Vaccination United Provinces of Agra and Oudh 1923-1928 - 1923-1928
Year: 1923
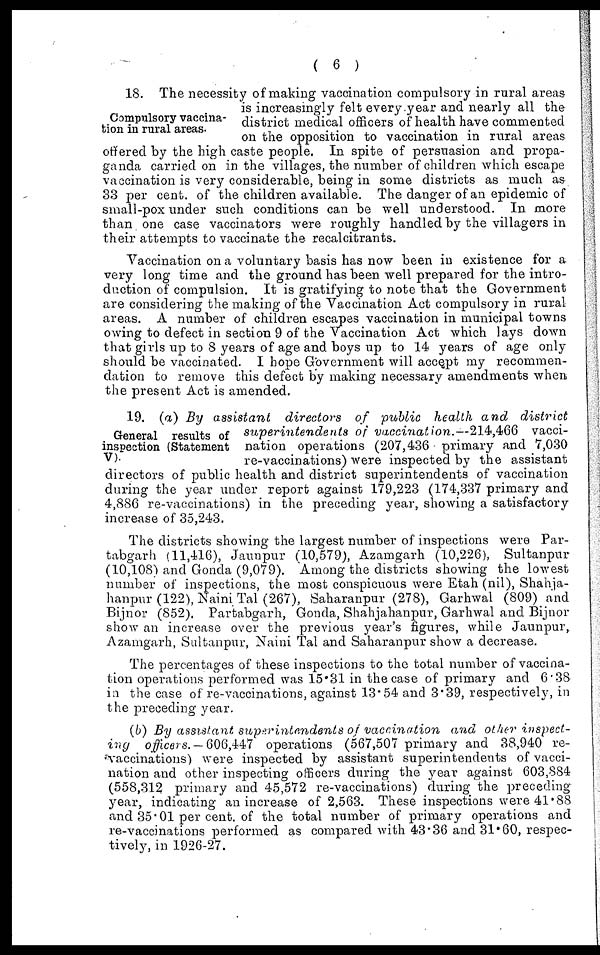
( 6 )
Compulsory vaccina-
tion in rural areas.
18. The necessity of making vaccination compulsory in rural areas
is increasingly felt every year and nearly all the
district medical officers of health have commented
on the opposition to vaccination in rural areas
offered by the high caste people. In spite of persuasion and propa-
ganda carried on in the villages, the number of children which escape
vaccination is very considerable, being in some districts as much as
33 per cent. of the children available. The danger of an epidemic of
small-pox under such conditions can be well understood. In more
than one case vaccinators were roughly handled by the villagers in
their attempts to vaccinate the recalcitrants.
Vaccination on a voluntary basis has now been in existence for a
very long time and the ground has been well prepared for the intro-
duction of compulsion. It is gratifying to note that the Government
are considering the making of the Vaccination Act compulsory in rural
areas. A number of children escapes vaccination in municipal towns
owing to defect in section 9 of the Vaccination Act which lays down
that girls up to 8 years of age and boys up to 14 years of age only
should be vaccinated. I hope Government will accept my recommen-
dation to remove this defect by making necessary amendments when
the present Act is amended.
General results of
inspection (Statement
V).
19. (a) By assistant
directors
of public health and
district
superintendents
of vaccination.—214,466
vacci-
nation operations (207,436 primary and 7,030
re-vaccinations) were inspected by the assistant
directors of public health and district superintendents of vaccination
during the year under report against 179,223 (174,337 primary and
4,886 re-vaccinations) in the preceding year, showing a satisfactory
increase of 35,243.
The districts showing the largest number of inspections were Par-
tabgarh (11,416), Jaunpur (10,579), Azamgarh (10,226), Sultanpur
(10,108) and Gonda (9,079). Among the districts showing the lowest
number of inspections, the most conspicuous were Etah (nil), Shahja-
hanpur (122), Naini Tal (267), Saharanpur (278), Garhwal (809) and
Bijnor (852). Partabgarh, Gonda, Shahjahanpur, Garhwal and Bijnor
show an increase over the previous year's figures, while Jaunpur,
Azamgarh, Sultanpur, Naini Tal and Saharanpur show a decrease.
The percentages of these inspections to the total number of vaccina-
tion operations performed was 15.31 in the case of primary and 6.38
in the case of re-vaccinations, against 13.54 and 3.39, respectively, in
the preceding year.
(b) By assistant superintendents
of vaccination
and other inspect-
ing officers. — 606,447 operations (567,507 primary and 38,940 re-
vaccinations) were inspected by assistant superintendents of vacci-
nation and other inspecting officers during the year against 603,884
(558,312 primary and 45,572 re-vaccinations) during the preceding
year, indicating an increase of 2,563. These inspections were 41.88
and 35.01 per cent. of the total number of primary operations and
re-vaccinations performed as compared with 43.36 and 31.60, respec-
tively, in 1926-27.